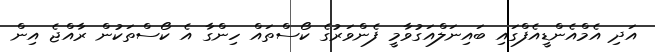
އަދި އެމްއެންޑީއެފްގައި ބައިނަލްއަގުވާމީ ފެންވަރުގެ ކޯސްތައް ހިންގާ އެ ކޯސްތަކުން ރާއްޖެ އިން